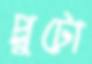
প্লুটো